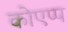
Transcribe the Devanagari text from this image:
कोएप्प